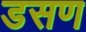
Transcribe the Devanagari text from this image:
डसण